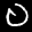
Label: 0